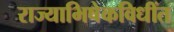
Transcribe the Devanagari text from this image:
राज्याभिषेकविधींत